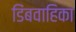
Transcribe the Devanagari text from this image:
डिंबवाहिका